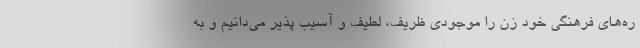
ره‌های فرهنگی خود زن را موجودی ظریف، لطیف و آسیب پذیر می‌دانیم و به